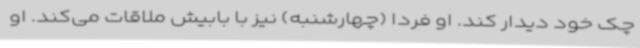
چک خود دیدار کند. او فردا (چهارشنبه) نیز با بابیش ملاقات می‌کند. او